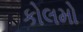
કોલમો